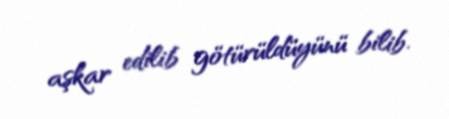
aşkar edilib götürüldüyünü bilib.